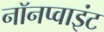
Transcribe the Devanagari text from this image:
नॉनप्वाइंट